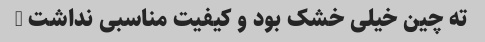
ته چین خیلی خشک بود و کیفیت مناسبی نداشت …